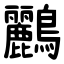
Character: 鸝